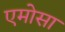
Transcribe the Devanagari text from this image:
एमोसा